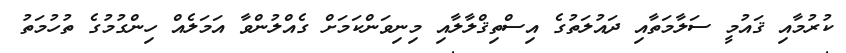
ކުރުމާއި ޤައުމީ ސަލާމަތާއި ދައުލަތުގެ އިސްތިޤްލާލާއި މިނިވަންކަމަށް ގެއްލުންވާ އަމަލެއް ހިންގުމުގެ ތުހުމަތު